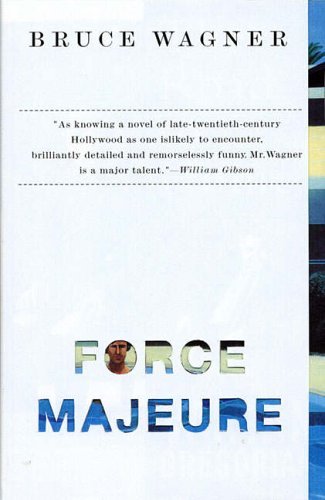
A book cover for Force Majeure: A Novel; Bruce Wagner; Literature & Fiction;